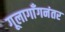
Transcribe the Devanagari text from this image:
गूलागाँगनंतर